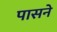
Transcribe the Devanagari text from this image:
पासने